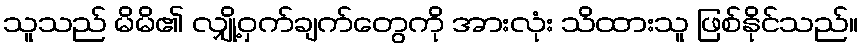
သူသည် မိမိ၏ လျှို့ဝှက်ချက်တွေကို အားလုံး သိထားသူ ဖြစ်နိုင်သည်။